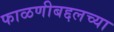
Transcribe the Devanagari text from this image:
फाळणीबद्दलच्या